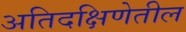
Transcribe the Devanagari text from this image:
अतिदक्षिणेतील